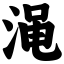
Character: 渑